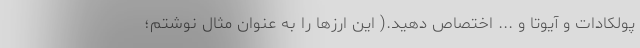
پولکادات و آیوتا و ... اختصاص دهید.( این ارزها را به عنوان مثال نوشتم؛